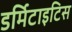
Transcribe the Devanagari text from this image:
डर्मिटाइटिस